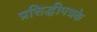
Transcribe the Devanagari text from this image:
प्रसिद्धीपत्रके